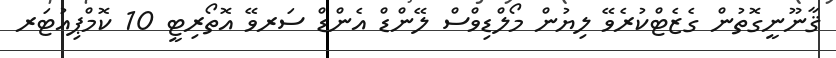
ޤާނޫނީގޮތުން ގެޒެޓްކުރެވޭ ލިޔުން މޯލްޑިވްސް ލޭންޑް އެންޑް ސަރވޭ އޮތޯރިޓީ 10 ކޮމްޕިއުޓަރ